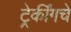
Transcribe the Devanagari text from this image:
ट्रेकींगचे